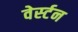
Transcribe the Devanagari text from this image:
वेर्स्‍टन